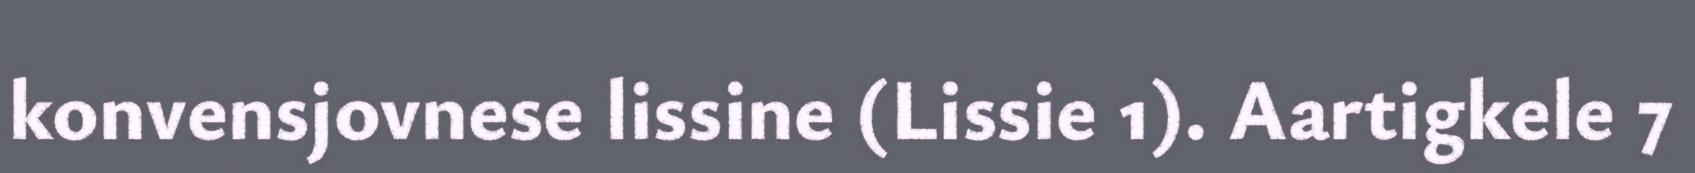
konvensjovnese lissine (Lissie 1). Aartigkele 7